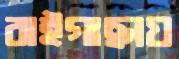
বাইগাছায়